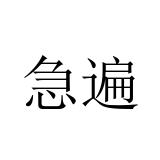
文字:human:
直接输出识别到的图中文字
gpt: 急遍